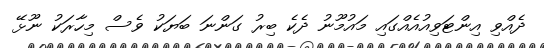
ދެއްވި އިންޓަވިއުއެއްގައި މައުމޫނު ދެކެ ބިރު ގަންނަ ބަޔަކު ވެސް މިހާރަކު ނޫޅޭ